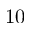
1 0